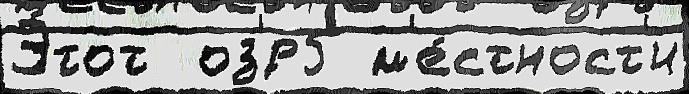
Э́тот  оз'́р5 м'е́стност'и